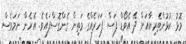
މޮޅު ކުޅުންތެރިޔާއަށް ދޭ އެވޯޑް ފަސް ފަހަރެއްގެ މަތިން ގެންގޮސްފައެވެ. އެހެން ނަމަވެސް